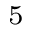
_ 5